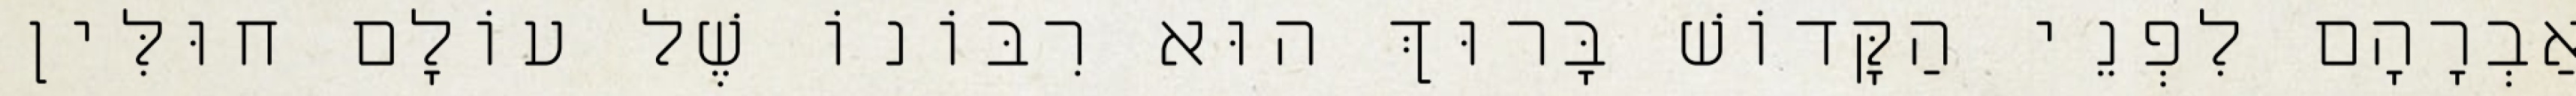
אַבְרָהָם לִפְנֵי הַקָּדוֹשׁ בָּרוּךְ הוּא רִבּוֹנוֹ שֶׁל עוֹלָם חוּלִּין